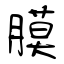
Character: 膜